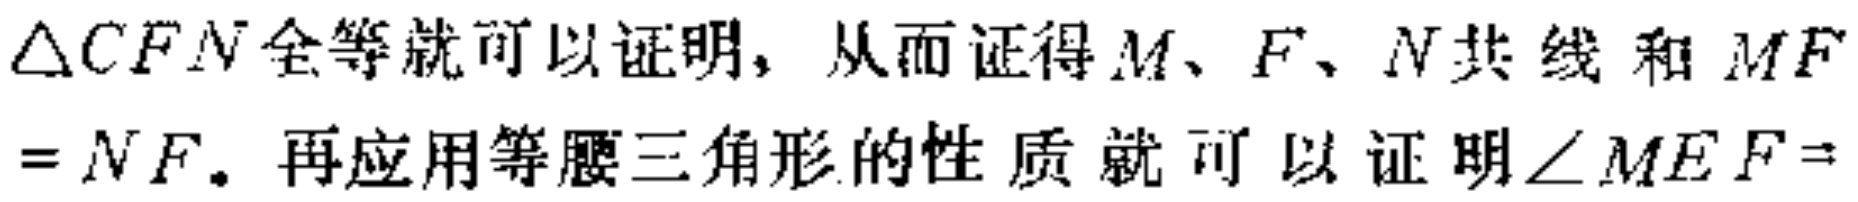
$\triangle CFN全等就可以证明, 从而证得M、F、N共线和MF$

$=NF。再应用等腰三角形的性质就可以证明\angle MEF=$